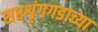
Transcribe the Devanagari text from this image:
सप्तशृंगगडाच्या